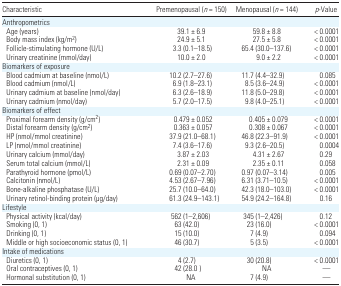
<table><thead><tr><td><b>Characteristic</b></td><td><b>Premenopausal (<i>n</i> = 150)</b></td><td><b>Menopausal (<i>n</i> = 144)</b></td><td><b><i>p</i>-Value</b></td></tr></thead><tbody><tr><td colspan="4">Anthropometrics</td></tr><tr><td> Age (years)</td><td>39.1 ± 6.9</td><td>59.8 ± 8.8</td><td>&lt; 0.0001</td></tr><tr><td> Body mass index (kg/m<sup>2</sup>)</td><td>24.9 ± 5.1</td><td>27.5 ± 5.8</td><td>&lt; 0.0001</td></tr><tr><td> Follicle-stimulating hormone (U/L)</td><td>3.3 (0.1–18.5)</td><td>65.4 (30.0–137.6)</td><td>&lt; 0.0001</td></tr><tr><td> Urinary creatinine (mmol/day)</td><td>10.0 ± 2.0</td><td>9.0 ± 2.2</td><td>&lt; 0.0001</td></tr><tr><td colspan="4">Biomarkers of exposure</td></tr><tr><td> Blood cadmium at baseline (nmol/L)</td><td>10.2 (2.7–27.6)</td><td>11.7 (4.4–32.9)</td><td>0.085</td></tr><tr><td> Blood cadmium (nmol/L)</td><td>6.9 (1.8–23.1)</td><td>8.5 (3.6–24.9)</td><td>&lt; 0.0001</td></tr><tr><td> Urinary cadmium at baseline (nmol/day)</td><td>6.3 (2.6–18.9)</td><td>11.8 (5.0–29.8)</td><td>&lt; 0.0001</td></tr><tr><td> Urinary cadmium (nmol/day)</td><td>5.7 (2.0–17.5)</td><td>9.8 (4.0–25.1)</td><td>&lt; 0.0001</td></tr><tr><td colspan="4">Biomarkers of effect</td></tr><tr><td> Proximal forearm density (g/cm<sup>2</sup>)</td><td>0.479 ± 0.052</td><td>0.405 ± 0.079</td><td>&lt; 0.0001</td></tr><tr><td> Distal forearm density (g/cm<sup>2</sup>)</td><td>0.363 ± 0.057</td><td>0.308 ± 0.067</td><td>&lt; 0.0001</td></tr><tr><td> HP (nmol/mmol creatinine)</td><td>37.9 (21.0–68.1)</td><td>46.8 (22.3–91.9)</td><td>&lt; 0.0001</td></tr><tr><td> LP (nmol/mmol creatinine)</td><td>7.4 (3.6–17.6)</td><td>9.3 (2.6–20.5)</td><td>0.0004</td></tr><tr><td> Urinary calcium (mmol/day)</td><td>3.87 ± 2.03</td><td>4.31 ± 2.67</td><td>0.29</td></tr><tr><td> Serum total calcium (mmol/L)</td><td>2.31 ± 0.09</td><td>2.35 ± 0.11</td><td>0.058</td></tr><tr><td> Parathyroid hormone (pmol/L)</td><td>0.69 (0.07–2.70)</td><td>0.97 (0.07–3.14)</td><td>0.005</td></tr><tr><td> Calcitonin (nmol/L)</td><td>4.53 (2.67–7.96)</td><td>6.31 (3.71–10.5)</td><td>&lt; 0.0001</td></tr><tr><td> Bone-alkaline phosphatase (U/L)</td><td>25.7 (10.0–64.0)</td><td>42.3 (18.0–103.0)</td><td>&lt; 0.0001</td></tr><tr><td> Urinary retinol-binding protein (μg/day)</td><td>61.3 (24.9–143.1)</td><td>54.9 (24.2–164.8)</td><td>0.16</td></tr><tr><td colspan="4">Lifestyle</td></tr><tr><td> Physical activity (kcal/day)</td><td>562 (1–2,606)</td><td>345 (1–2,426)</td><td>0.12</td></tr><tr><td> Smoking (0, 1)</td><td>63 (42.0)</td><td>23 (16.0)</td><td>&lt; 0.0001</td></tr><tr><td> Drinking (0, 1)</td><td>15 (10.0)</td><td>7 (4.9)</td><td>0.094</td></tr><tr><td> Middle or high socioeconomic status (0, 1)</td><td>46 (30.7)</td><td>5 (3.5)</td><td>&lt; 0.0001</td></tr><tr><td colspan="4">Intake of medications</td></tr><tr><td> Diuretics (0, 1)</td><td>4 (2.7)</td><td>30 (20.8)</td><td>&lt; 0.0001</td></tr><tr><td> Oral contraceptives (0, 1)</td><td>42 (28.0 )</td><td>NA</td><td>—</td></tr><tr><td> Hormonal substitution (0, 1)</td><td>NA</td><td>7 (4.9)</td><td>—</td></tr></tbody></table>